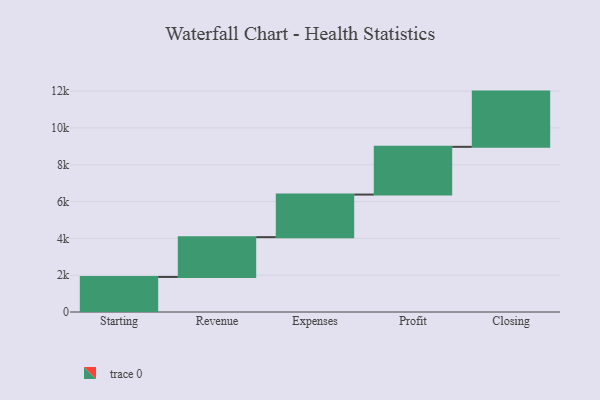
{"axis": {"x": "Step", "y": "Value"}, "legend": [""], "data": [{"x": "Starting", "y": 1904.0, "type": ""}, {"x": "Revenue", "y": 2162.0, "type": ""}, {"x": "Expenses", "y": 2314.0, "type": ""}, {"x": "Profit", "y": 2593.0, "type": ""}, {"x": "Closing", "y": 3000, "type": ""}]}